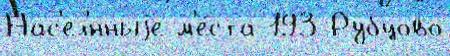
Нас'ел'́нныjе м'е́ста 193 Рубцово